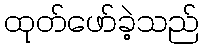
ထုတ်ဖော်ခဲ့သည်